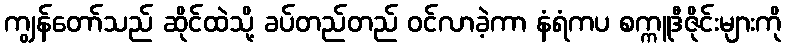
ကျွန်တော်သည် ဆိုင်ထဲသို့ ခပ်တည်တည် ဝင်လာခဲ့ကာ နံရံကပ စက္ကူဒီဇိုင်းများကို